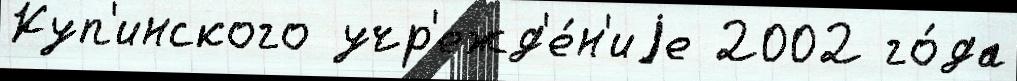
Куп'инского учр'ежд'е́н'иjе 2002 го́да